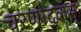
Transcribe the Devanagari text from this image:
चरणोदकम्